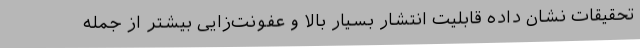
تحقیقات نشان داده قابلیت انتشار بسیار بالا و عفونت‌زایی بیشتر از جمله